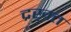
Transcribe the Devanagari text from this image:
द्रख़त